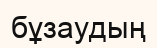
бұзаудың